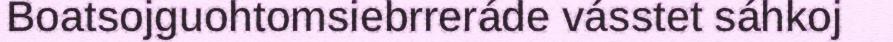
Boatsojguohtomsiebrreráde vásstet sáhkoj